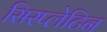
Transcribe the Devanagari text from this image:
सिस्प्लेटिन